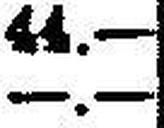
—.—